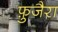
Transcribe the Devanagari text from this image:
फ़ुजैरा